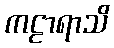
ကဠာရာသိ